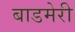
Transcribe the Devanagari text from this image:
बाडमेरी